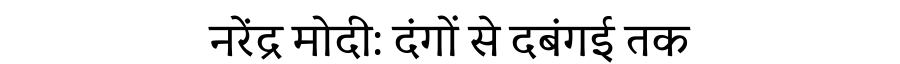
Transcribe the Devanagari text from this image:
नरेंद्र मोदी: दंगों से दबंगई तक